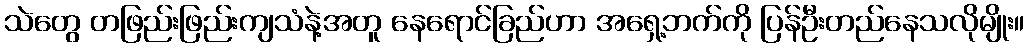
သဲတွေ တဖြည်းဖြည်းကျသံနဲ့အတူ နေရောင်ခြည်ဟာ အရှေ့ဘက်ကို ပြန်ဦးတည်နေသလိုမျိုး။